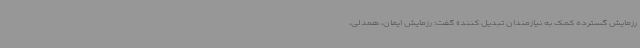
رزمایش گسترده کمک به نیازمندان تبدیل کنند» گفت: رزمایش ایمان، همدلی،